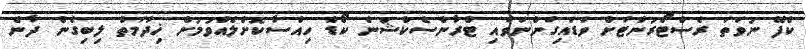
ކެފޭ ނުވަތަ ރެސްޓޯރަންޓަށް ވަޑައިގަންނަވައި ޓްރާންސެކްޝަން ކޯޑް ހިއްސާކޮށްލެއްވުމުން ޚިދުމަތް ލިބިގެން ދާނެ